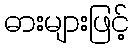
ဓားများဖြင့်